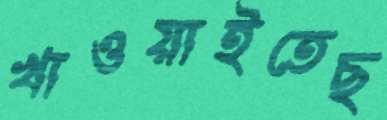
খাওয়াইতেছ